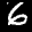
Label: 6